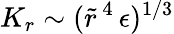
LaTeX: K_{r}\sim(\tilde{r}^{\, 4}\, \epsilon)^{1/3}